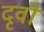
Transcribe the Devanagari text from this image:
दृवो